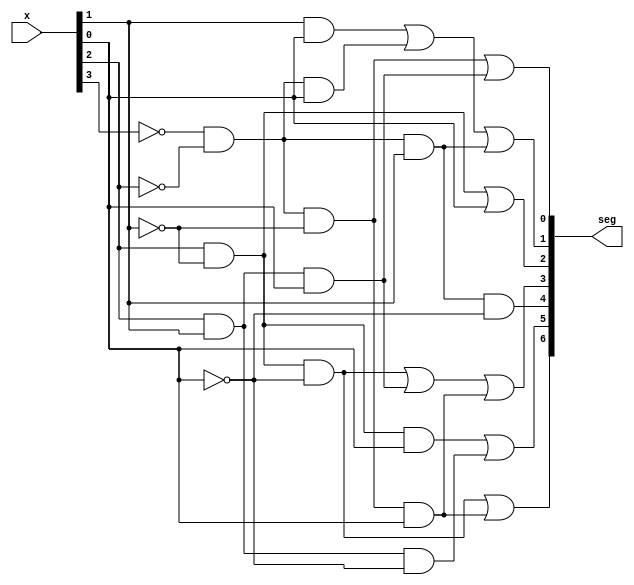
module bcdto7segment_dataflow_2(
    input [3:0] x,
    output [6:0] seg
    );
    assign seg[6] = (x[2]&(~x[1])&(~x[0]))|((~x[3])&(~x[2])&(~x[1])&x[0]);
    assign seg[5] = (x[2]&(~x[1])&x[0])|(x[2]&x[1]&(~x[0]));
    assign seg[4] = (~x[3])&(~x[2])&x[1]&(~x[0]);
    assign seg[3] = (x[2]&(~x[1])&(~x[0]))|(x[2]&x[1]&x[0])|((~x[3])&(~x[2])&(~x[1])&x[0]);
    assign seg[2] = (x[2]&(~x[1]))|x[0];
    assign seg[1] = (x[1]&x[0])|((~x[3])&(~x[2])&x[0])|((~x[3])&(~x[2])&x[1]);
    assign  seg[0] = ((~x[3])&(~x[2])&(~x[1]))|(x[2]&x[1]&x[0]);
endmodule